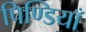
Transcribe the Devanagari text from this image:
पिण्डियाँ